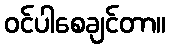
ဝင်ပါစေချင်တာ။